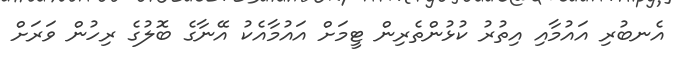
އެނބުރި އައުމާއި އިތުރު ކުޅުންތެރިން ޓީމަށް އައުމާއެކު އޭނާގެ ބޮލުގެ ރިހުން ވަރަށް